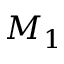
M _ { 1 }